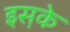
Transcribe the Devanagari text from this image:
इस़के